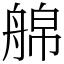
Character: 艊